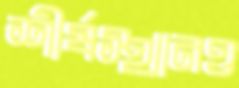
শীর্ষস্থানও